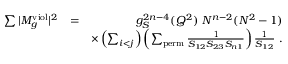
\begin{array} { r l r } { \sum \vert M _ { g } ^ { \mathrm { v i o l } } \vert ^ { 2 } } & { = } & { g _ { S } ^ { 2 n - 4 } ( Q ^ { 2 } ) ~ N ^ { n - 2 } ( N ^ { 2 } - 1 ) } \\ & { } & { \times \left( \sum _ { i < j } \right) \left( \sum _ { \mathrm { p e r m } } \frac { 1 } { S _ { 1 2 } S _ { 2 3 } S _ { n 1 } } \right) \frac { 1 } { S _ { 1 2 } } ~ . } \end{array}